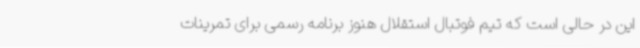
این در حالی است که تیم فوتبال استقلال هنوز برنامه رسمی برای تمرینات